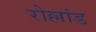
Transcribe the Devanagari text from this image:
रोल्लांड